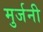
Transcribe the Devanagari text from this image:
मुर्जनी